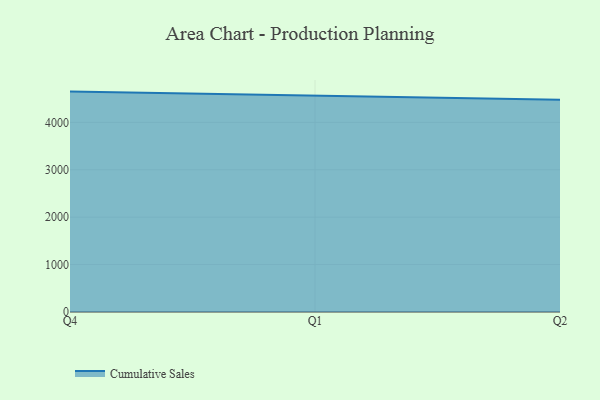
{"axis": {"x": "Quarter", "y": "Website Visitors"}, "legend": ["Cumulative Sales"], "data": [{"x": "Q4", "y": 4649.4, "type": "Cumulative Sales"}, {"x": "Q1", "y": 4569.8, "type": "Cumulative Sales"}, {"x": "Q2", "y": 4479.0, "type": "Cumulative Sales"}]}